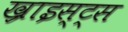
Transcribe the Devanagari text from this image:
ख्राइस्ट्स